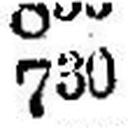
730